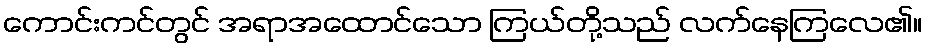
ကောင်းကင်တွင် အရာအထောင်သော ကြယ်တို့သည် လက်နေကြလေ၏။